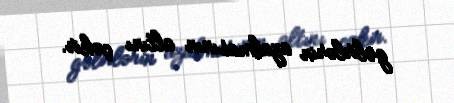
gəlirlərin azalmasının altını çəkir.